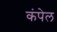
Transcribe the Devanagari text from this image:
कंपेल